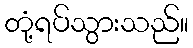
တုံ့ရပ်သွားသည်။